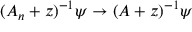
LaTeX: ( A _ { n } + z ) ^ { - 1 } \psi \rightarrow ( A + z ) ^ { - 1 } \psi